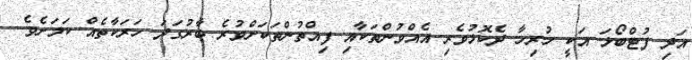
އަދި ފުޓްބޯޅަ އަކީ ހުރިހާ ދެކޮޅުވެރި އެއްވުންތަކާއި ފިއްތުންތަކަށްވުރެ ބާރުގަދަ ހަރަކާތެއް ކަމަށެވެ.